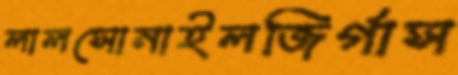
লালসোনাইলজির্গাস